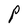
Character: P